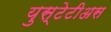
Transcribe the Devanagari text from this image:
युस्टेटीअस